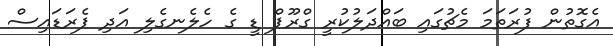
އެގޮތުން ފުރަތަމަ މެޗުގައި ބައްދަލުކުރީ ގްރޫޕް ޑީ ގެ ހެލެނގެލި އަދި ޕެރަޑައިސް